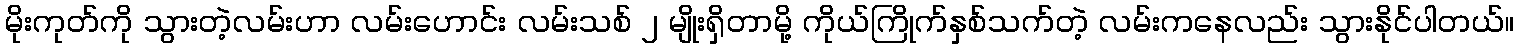
မိုးကုတ်ကို သွားတဲ့လမ်းဟာ လမ်းဟောင်း လမ်းသစ် ၂ မျိုးရှိတာမို့ ကိုယ်ကြိုက်နှစ်သက်တဲ့ လမ်းကနေလည်း သွားနိုင်ပါတယ်။